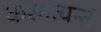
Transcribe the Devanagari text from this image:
करमत्यन्तं